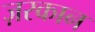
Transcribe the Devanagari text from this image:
ज़रकान